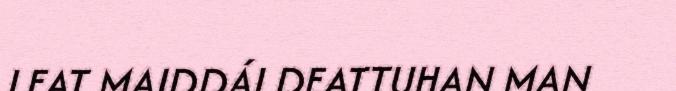
LEAT MAIDDÁI DEATTUHAN MAN